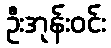
ဦးအုန်းဝင်း